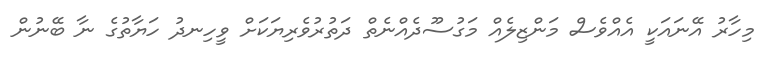
މިހާރު އޭނައަކީ އެއްވެސް މަންޒިލެއް މަގުސޫދެއްނެތް ދަތުރުވެރިޔަކަށް ވީހިނދު ހަޔާތުގެ ނާ ބޭނުން